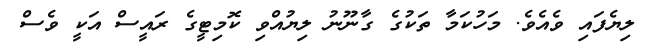
ލިޔެފައި ވެއެވެ. މަހުކަމާ ތަކުގެ ގާނޫނު ލިޔުއްވި ކޮމިޓީގެ ރައީސް އަކީ ވެސް